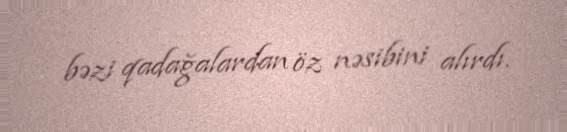
bəzi qadağalardan öz nəsibini alırdı.